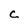
Character: c